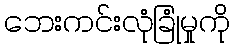
ဘေးကင်းလုံခြုံမှုကို